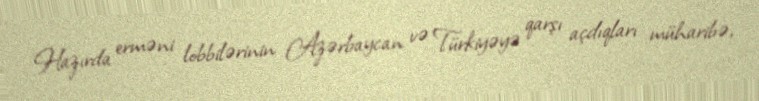
Hazırda erməni lobbilərinin Azərbaycan və Türkiyəyə qarşı açdıqları müharibə,